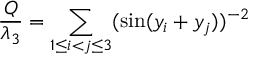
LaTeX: \frac { Q } { \lambda _ { 3 } } = \sum _ { 1 \le i < j \le 3 } ( \sin ( y _ { i } + y _ { j } ) ) ^ { - 2 }